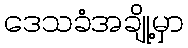
ဒေသခံအချို့မှာ